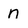
Character: n